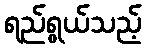
ရည်ရွယ်သည့်